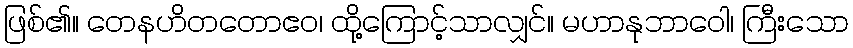
ဖြစ်၏။ တေနဟိတတောဧဝ၊ ထို့ကြောင့်သာလျှင်။ မဟာနုဘာဝေါ၊ ကြီးသော